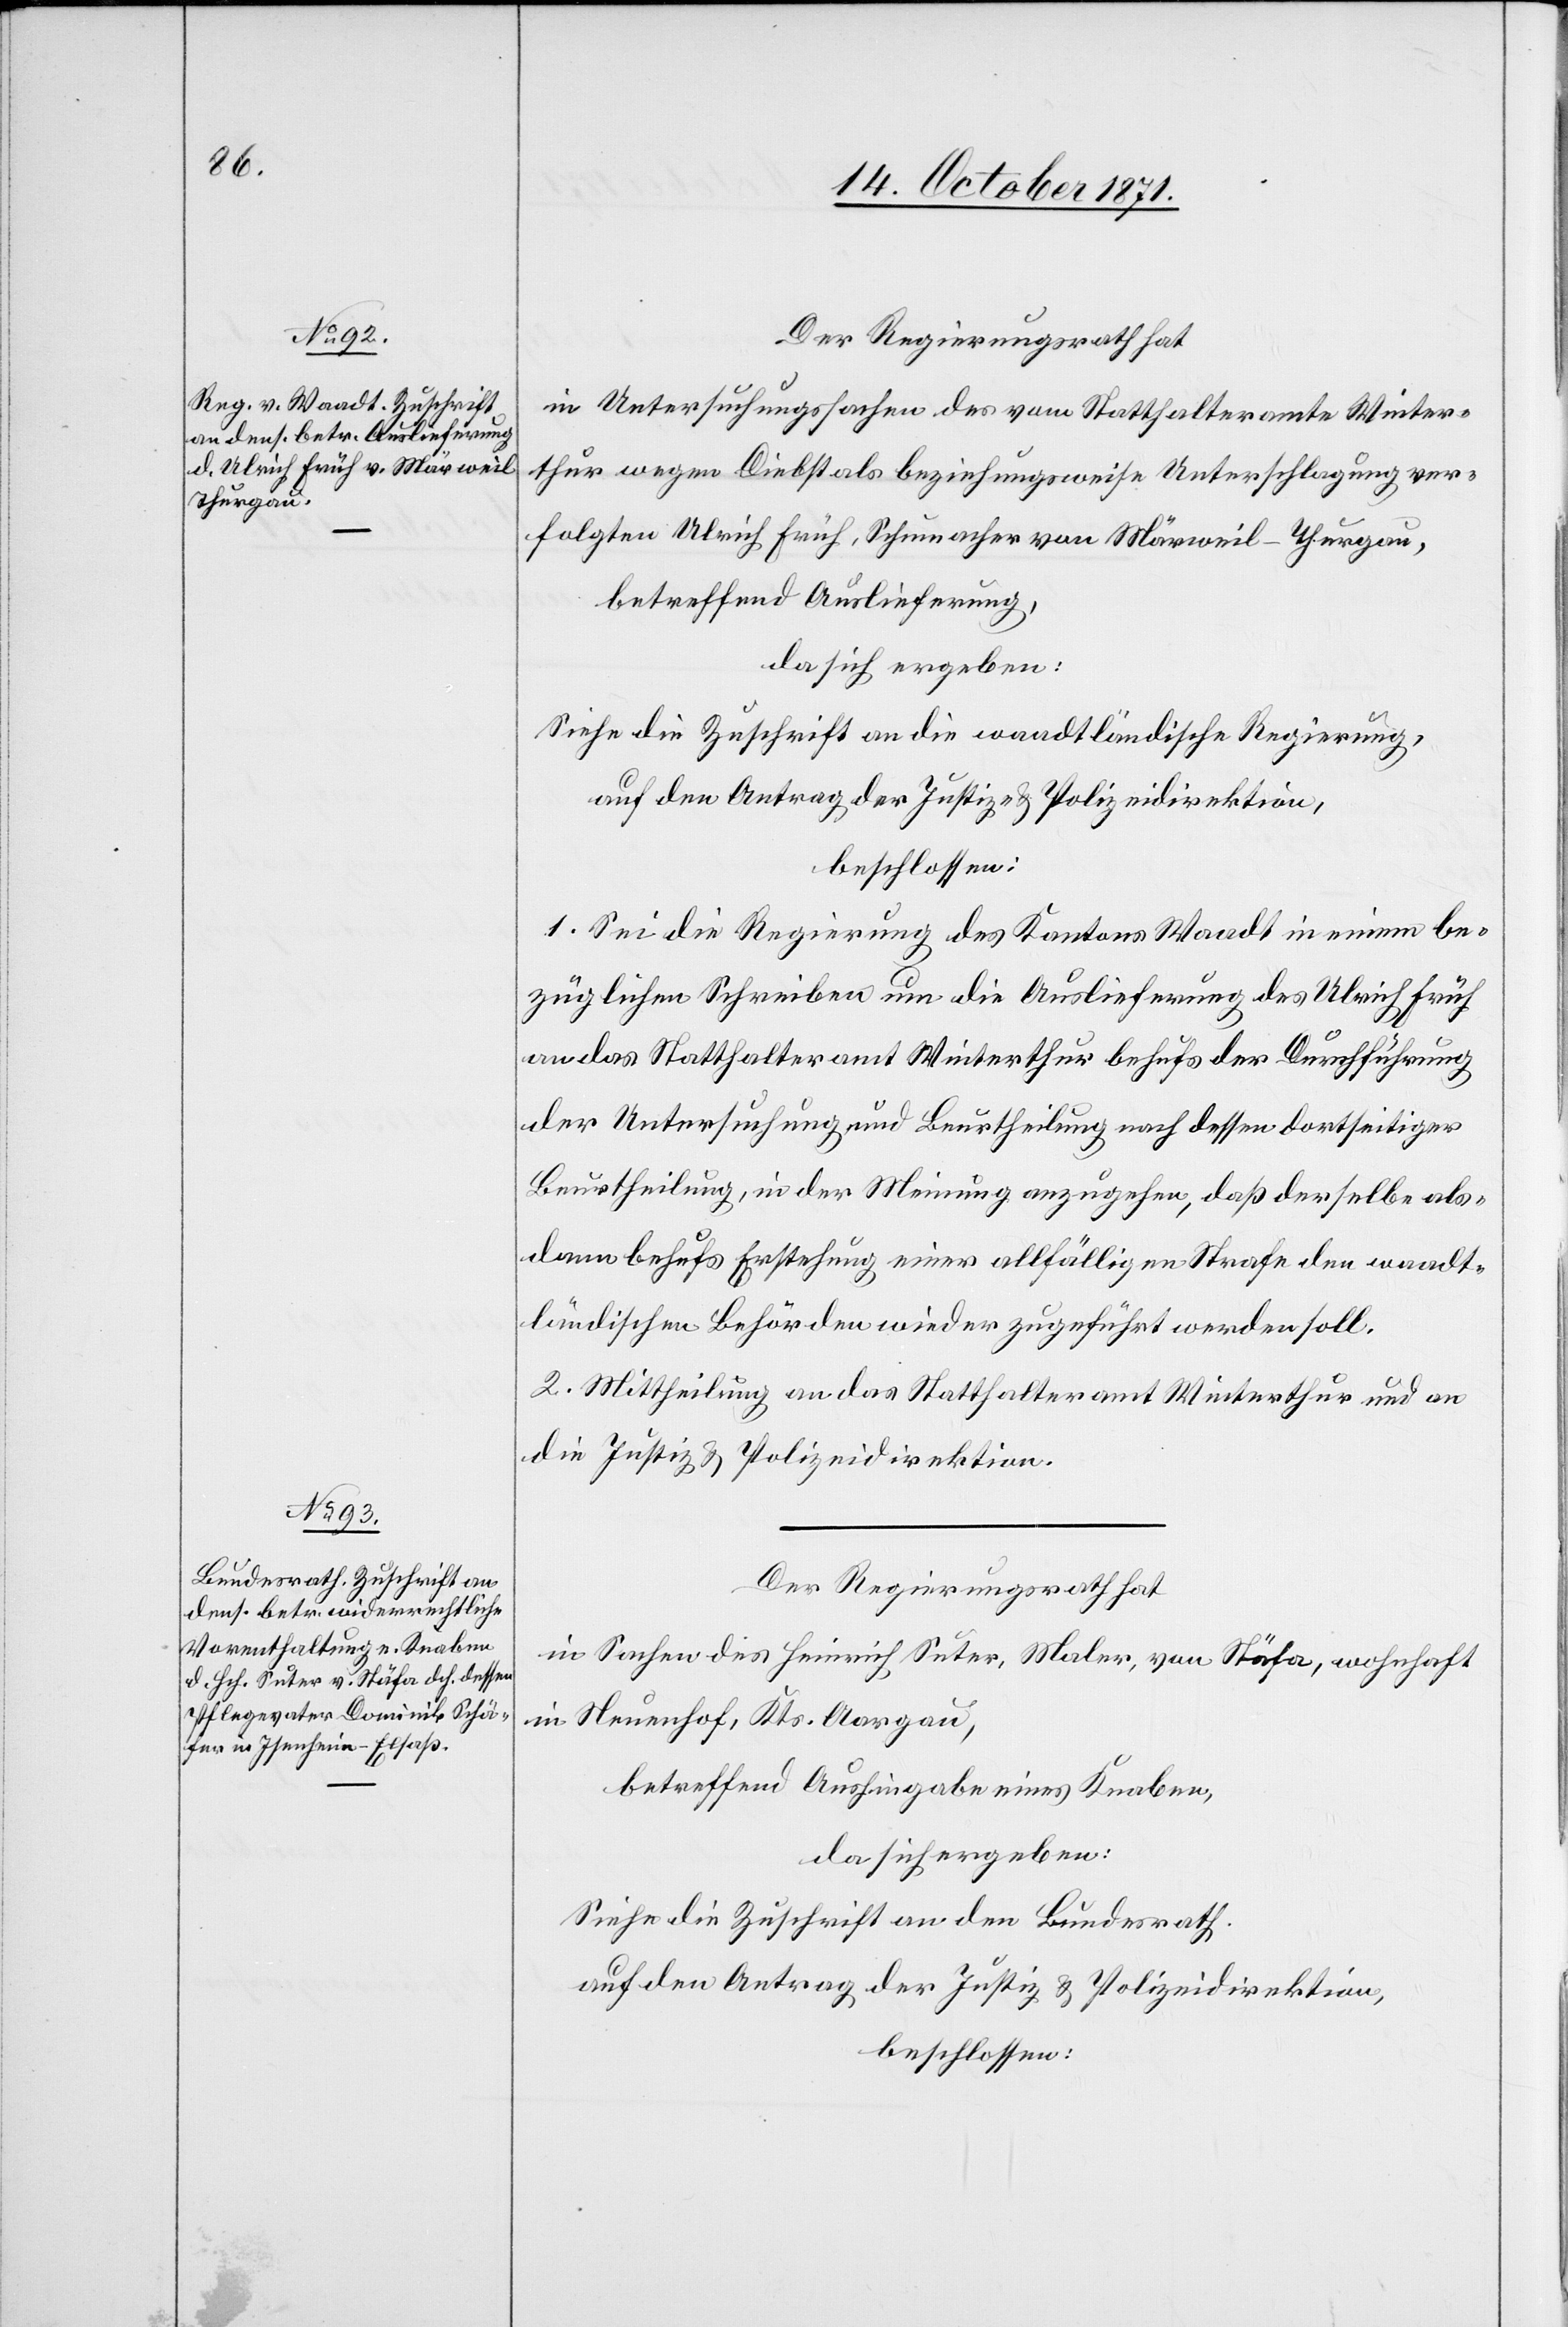
Der Regierungsrath hat
in Untersuchungssache des vom Statthalteramte Winter¬
thur wegen Diebstals beziehungsweise Unterschlagung ver¬
folgten Ulrich Früh, Schumacher von Märweil - Thurgau,
betreffend Auslieferung,
da sich ergeben:
Siehe die Zuschrift an die waadtländische Regierung,
auf den Antrag der Justiz- & Polizeidirektion,
beschlossen:
1. Sei die Regierung des Kantons Waadt in einem be¬
züglichen Schreiben um die Auslieferung des Ulrich Früh
an das Statthalteramt Winterthur behufs der Durchführung
der Untersuchung und Beurtheilung nach dessen dortseitiger
Beurtheilung, in der Meinung anzugehen, daß derselbe als¬
dann behufs Erstehung einer allfälligen Strafe den waadt¬
ländischen Behörden wieder zugeführt werden soll.
2. Mittheilung an das Statthalteramt Winterthur und an
die Justiz[-] & Polizeidirektion.
Der Regierungsrath hat
in Sachen des Heinrich Suter, Maler, von Stäfa, wohnhaft
in Neuenhof, Kts. Aargau,
betreffend Aushingabe eines Knaben,
da sich ergeben:
Siehe die Zuschrift an den Bundesrath.
Auf den Antrag der Justiz[-] & Polizeidirektion,
beschlossen: